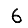
Digit: 6